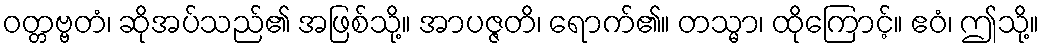
ဝတ္တဗ္ဗတံ၊ ဆိုအပ်သည်၏ အဖြစ်သို့။ အာပဇ္ဇတိ၊ ရောက်၏။ တသ္မာ၊ ထိုကြောင့်။ ဧဝံ၊ ဤသို့။